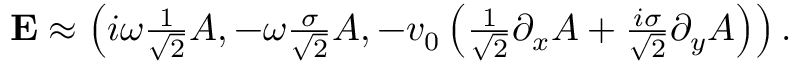
\begin{array} { r } { { \bf E } \approx \left( i \omega \frac { 1 } { \sqrt { 2 } } A , - \omega \frac { \sigma } { \sqrt { 2 } } A , - v _ { 0 } \left( \frac { 1 } { \sqrt { 2 } } \partial _ { x } A + \frac { i \sigma } { \sqrt { 2 } } \partial _ { y } A \right) \right) . } \end{array}